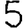
Digit: 5